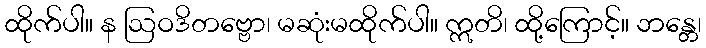
ထိုက်ပါ။ န ဩဝဒိတဗ္ဗော၊ မဆုံးမထိုက်ပါ။ ဣတိ၊ ထို့ကြောင့်။ ဘန္တေ၊